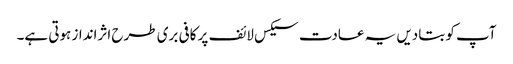
آپ کو بتادیں یہ عادت سیکس لائف پر کافی بری طرح اثرانداز ہوتی ہے۔